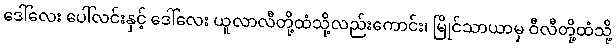
ဒေါ်လေး ပေါ်လင်းနှင့် ဒေါ်လေး ယူလာလီတို့ထံသို့လည်းကောင်း၊ မြိုင်သာယာမှ ဝီလီတို့ထံသို့